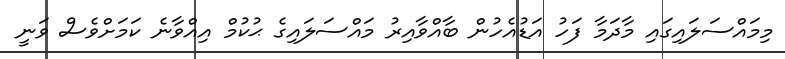
މިމައްސަލައިގައި މާދަމާ ފަހު އަޑުއެހުން ބާއްވާއިރު މައްސަލައިގެ ޙުކުމް އިއްްވާނެ ކަމަށްވެސް ވަނީ